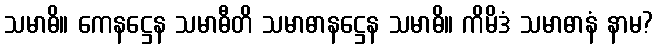
သမာဓိ။ ကေနဋ္ဌေန သမာဓီတိ သမာဓာနဋ္ဌေန သမာဓိ။ ကိမိဒံ သမာဓာနံ နာမ?